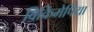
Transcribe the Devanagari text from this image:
विकिमेपिया